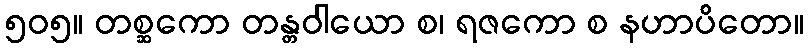
၅၀၅။ တစ္ဆကော တန္တဝါယော စ၊ ရဇကော စ နဟာပိတော။